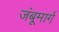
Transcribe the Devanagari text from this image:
जंबूमार्ग